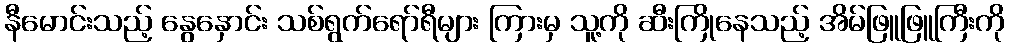
နီမောင်းသည့် နွေနှောင်း သစ်ရွက်ရော်ရီများ ကြားမှ သူ့ကို ဆီးကြိုနေသည့် အိမ်ဖြူဖြူကြီးကို